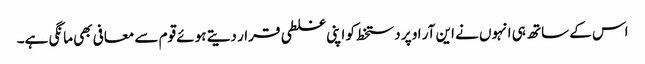
اس کے ساتھ ہی انہوں نے این آر او پر دستخط کو اپنی غلطی قرار دیتے ہوئے قوم سے معافی بھی مانگی ہے۔